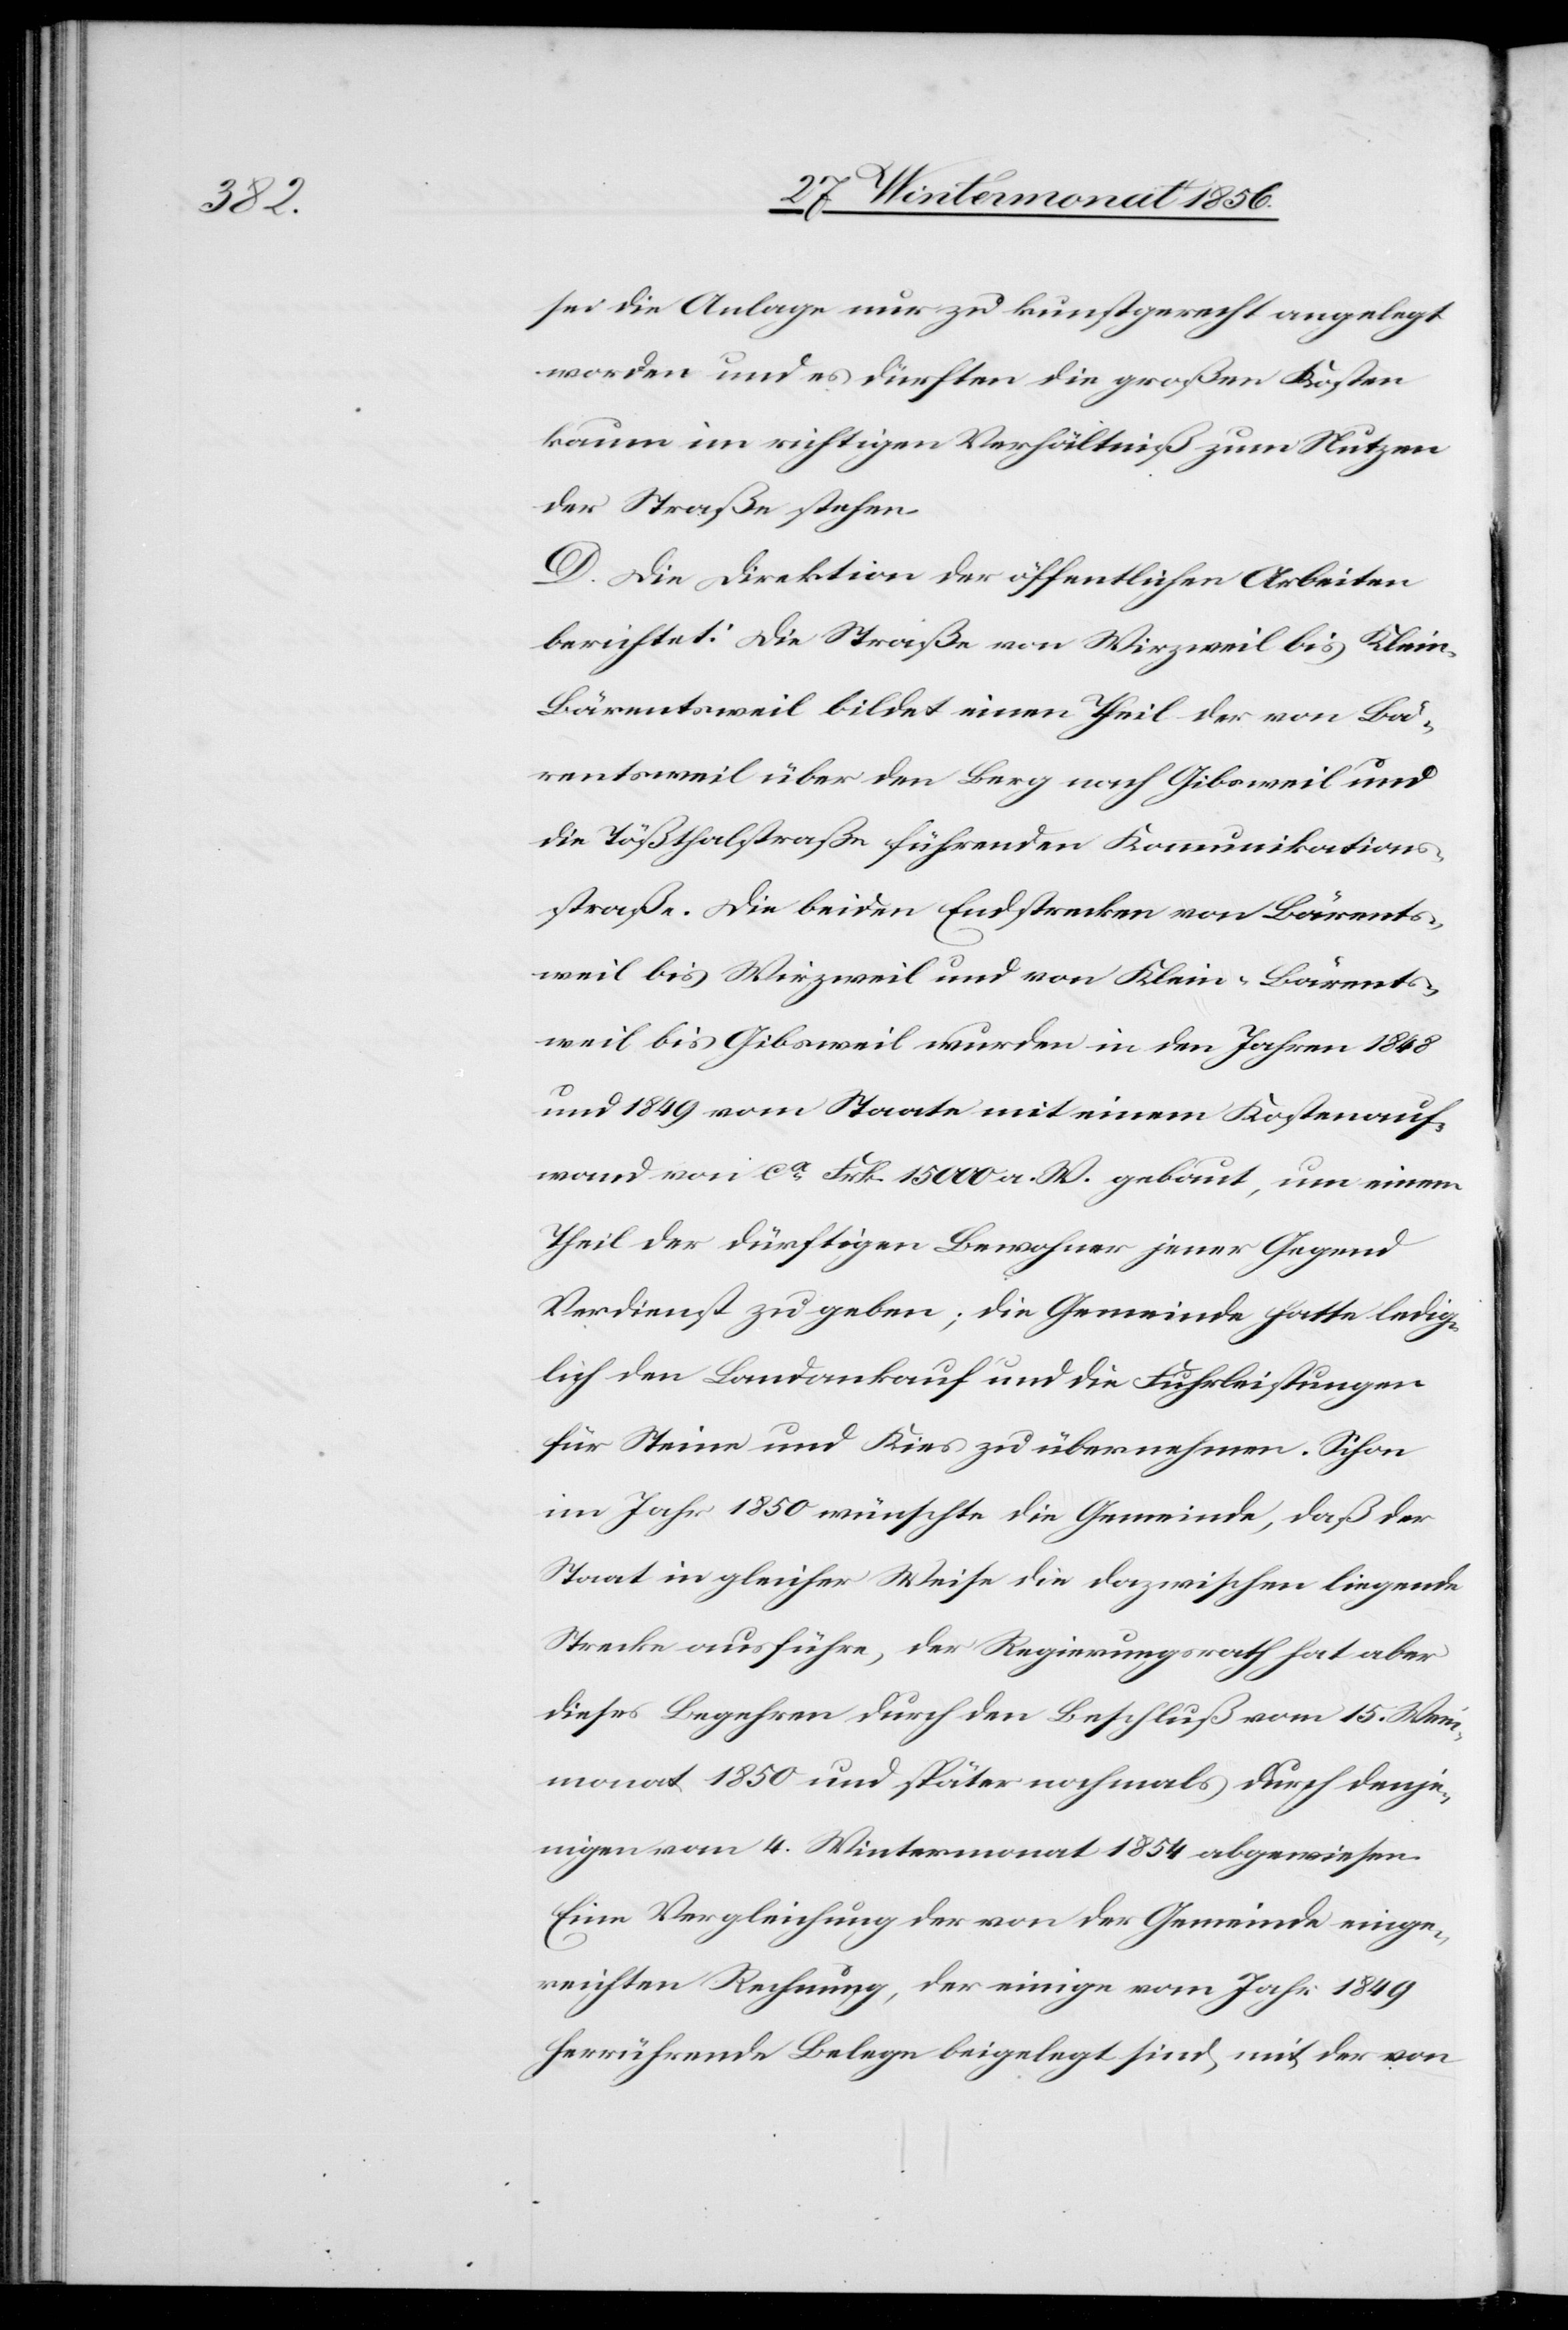
sei die Anlage nur zu kunstgerecht angelegt
worden und es dürften die großen Kosten
kaum im richtigen Verhältniß zum Nutzen
der Straße stehen.
D. Die Direktion der öffentlichen Arbeiten
berichtet: Die Straße von Wirzweil bis Klein-B¬
ärentsweil bildet einen Theil der von Bä¬
rentsweil über den Berg nach Gibsweil und
die Tößthalstraße führenden Kommunikations¬
straße. Die beiden Endstrecken von Bärents¬
weil bis Wirzweil und von Klein-Bärents¬
weil bis Gibsweil wurden in den Jahren 1848
und 1849 vom Staate mit einem Kostenauf¬
wand von ca Frk. 15 000 a. W. gebaut, um einem
Theil der dürftigen Bewohner jener Gegend
Verdienst zu geben; die Gemeinde hatte ledig¬
lich den Landankauf und die Fuhrleistungen
für Steine und Kies zu übernehmen. Schon
im Jahr 1850 wünschte die Gemeinde, daß der
Staat in gleicher Weise die dazwischen liegende
Strecke ausführe, der Regierungsrath hat aber
dieses Begehren durch den Beschluß vom 15. Wein¬
monat 1850 und später nochmals durch denje¬
nigen vom 4. Wintermonat 1854 abgewiesen.
Eine Vergleichung der von der Gemeinde einge¬
reichten Rechnung, der einige vom Jahr 1849
herrührende Belege beigelegt sind, mit der von